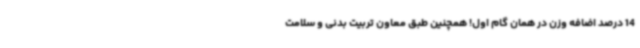
14 درصد اضافه وزن در همان گام اول! همچنین طبق معاون تربیت بدنی و سلامت